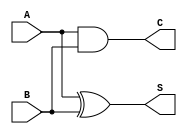
module threshold_half_adder (
    input wire A,    // First single-bit input
    input wire B,    // Second single-bit input
    output wire S,   // Sum output
    output wire C    // Carry output
);

// Sum output using XOR operation
assign S = A ^ B; // S is high if A and B are different (odd number of high inputs)

// Carry output using AND operation
assign C = A & B; // C is high if both A and B are high

endmodule